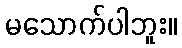
မသောက်ပါဘူး။